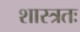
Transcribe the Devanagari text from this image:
शास्त्रतः